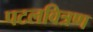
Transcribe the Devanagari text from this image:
पटलवित्रण